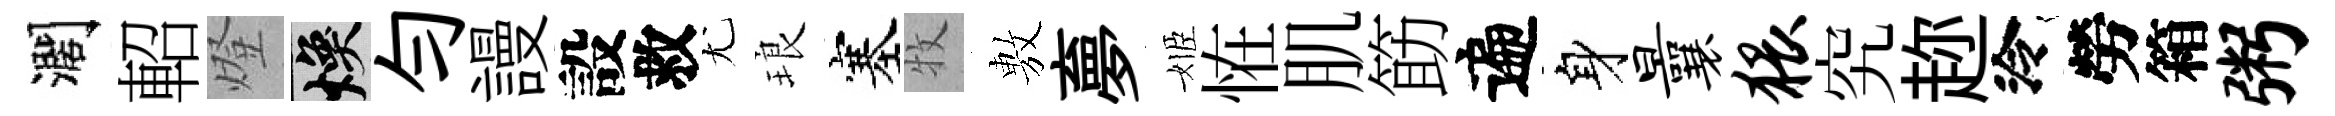
濶軺燈焕勻謾設救尤琅塞牧𢾾夣姬恠肌筯遍身曩猥究趂泠勞箱粥